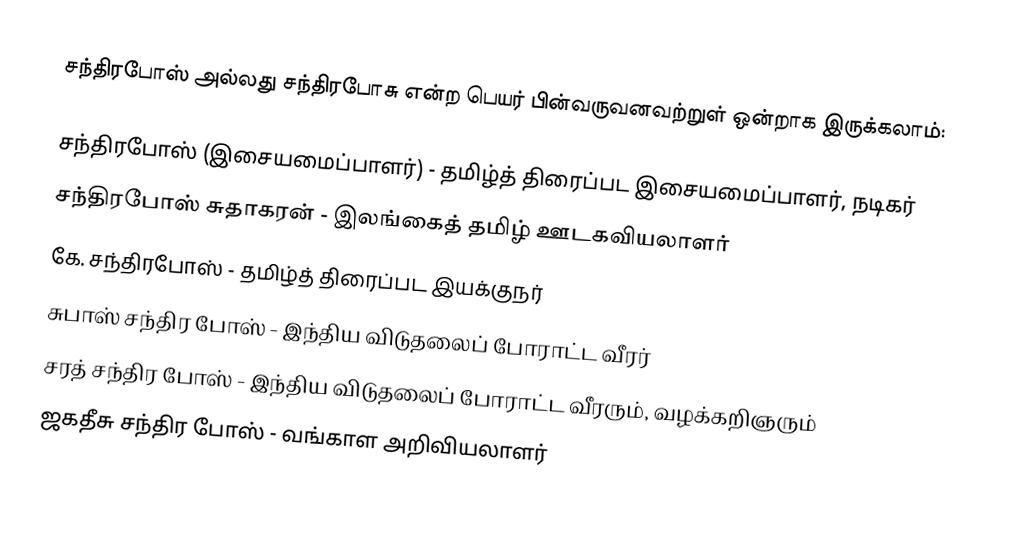
சந்திரபோஸ் அல்லது சந்திரபோசு என்ற பெயர் பின்வருவனவற்றுள் ஒன்றாக இருக்கலாம்:

 சந்திரபோஸ் (இசையமைப்பாளர்) - தமிழ்த் திரைப்பட இசையமைப்பாளர், நடிகர்
 சந்திரபோஸ் சுதாகரன் - இலங்கைத் தமிழ் ஊடகவியலாளர்
 கே. சந்திரபோஸ் - தமிழ்த் திரைப்பட இயக்குநர்
 சுபாஸ் சந்திர போஸ் - இந்திய விடுதலைப் போராட்ட வீரர்
 சரத் சந்திர போஸ் - இந்திய விடுதலைப் போராட்ட வீரரும், வழக்கறிஞரும்
 ஜகதீசு சந்திர போஸ் - வங்காள அறிவியலாளர்